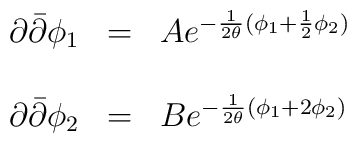
\begin{array}{lcl}\partial{\bar \partial}\phi_1&=&Ae^{-\frac{1}{2\theta}(\phi_1+\frac{1}{2}\phi_2)}\\\\\partial{\bar \partial}\phi_2&=&Be^{-\frac{1}{2\theta}(\phi_1+2\phi_2)}\end{array}